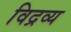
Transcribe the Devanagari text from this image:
विद्रव्य